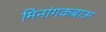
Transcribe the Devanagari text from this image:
मिनांगकबाऊ